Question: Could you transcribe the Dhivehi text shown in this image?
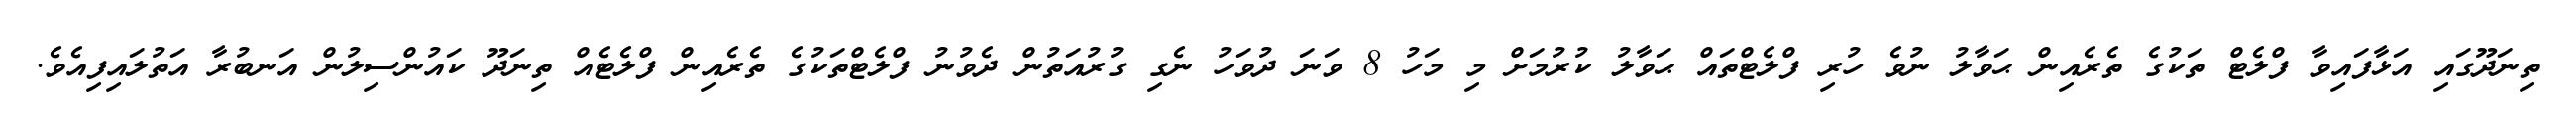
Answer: ތިނަދޫގައި އަޅާފައިވާ ފްލެޓް ތަކުގެ ތެރެއިން ޙަވާލު ނުވެ ހުރި ފްލެޓްތައް ޙަވާލު ކުރުމަށް މި މަހު 8 ވަނަ ދުވަހު ނެގި ގުރުއަތުން ދެވުނު ފްލެޓްތަކުގެ ތެރެއިން ފްލެޓެއް ތިނަދޫ ކައުންސިލުން އަނބުރާ އަތުލައިފިއެވެ.